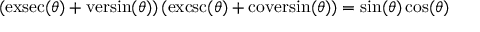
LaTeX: ( \operatorname { e x s e c } ( \theta ) + \operatorname { v e r s i n } ( \theta ) ) \, ( \operatorname { e x c s c } ( \theta ) + \operatorname { c o v e r s i n } ( \theta ) ) = \sin ( \theta ) \cos ( \theta )